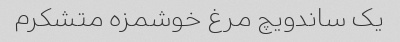
یک ساندویچ مرغ خوشمزه متشکرم